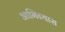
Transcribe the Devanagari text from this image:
आभिन्यास